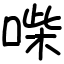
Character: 喍